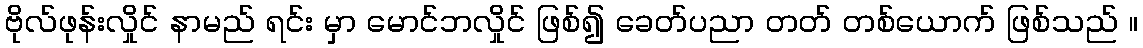
ဗိုလ်ဖုန်းလှိုင် နာမည် ရင်း မှာ မောင်ဘလှိုင် ဖြစ်၍ ခေတ်ပညာ တတ် တစ်ယောက် ဖြစ်သည် ။